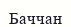
Баччан